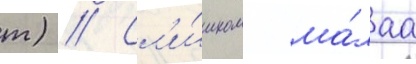
т) // Сл'и́шком ма́лаа